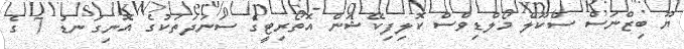
ޔޫ ބިޒްނަސް ސްކޫލް މޯލްޑިވްސް ކޮލިފިކޭޝަން އޮތޯރިޓީގެ ސަނަދަތަކުގެ އޮނިގަނޑު 7 ގެ